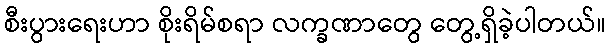
စီးပွားရေးဟာ စိုးရိမ်စရာ လက္ခဏာတွေ တွေ့ရှိခဲ့ပါတယ်။